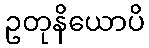
ဥတုနိယောပိ